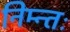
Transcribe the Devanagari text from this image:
निम्न्तः